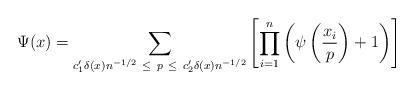
LaTeX: \begin{align*}\Psi(x)=\sum_{c_1' \delta(x) n^{-1/2} \ \leq \ p \ \leq \ c_2'\delta(x) n^{-1/2}}\left[\prod_{i=1}^n \left( \psi\left(\frac{x_i}{p}\right) + 1\right)\right]\end{align*}